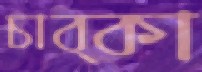
চাব্‌কা